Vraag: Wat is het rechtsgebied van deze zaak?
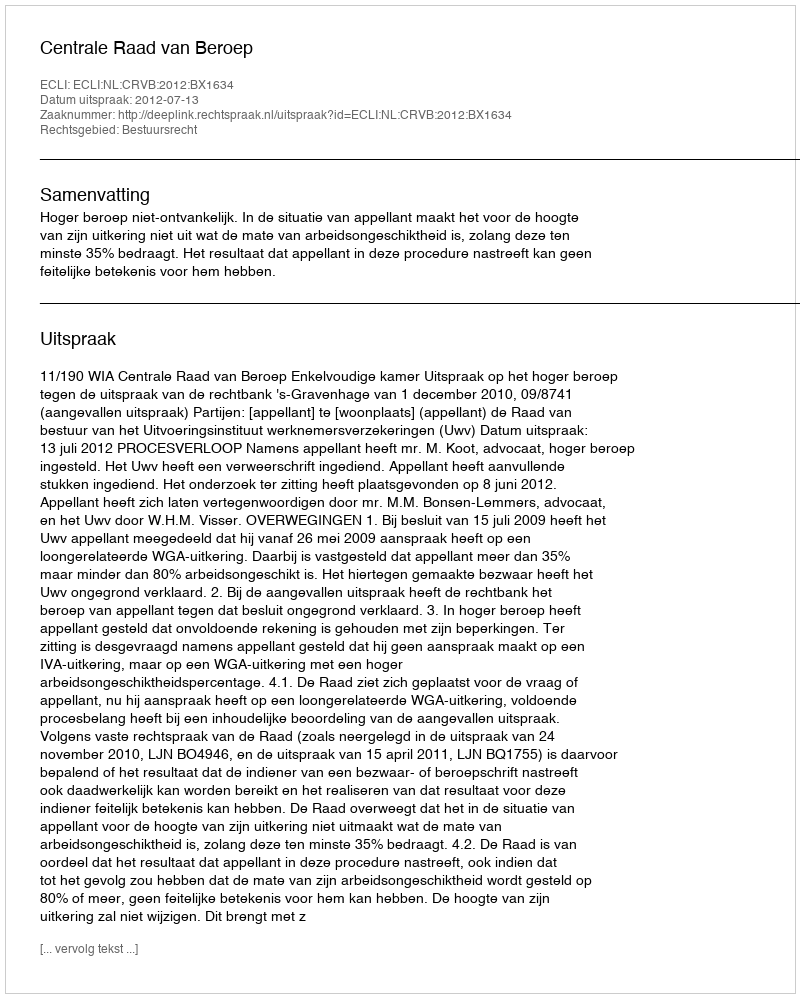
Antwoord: Bestuursrecht